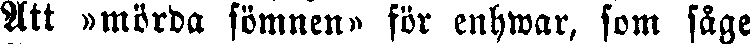
Att »mörda sömnen» för enhwar, som såge